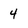
Character: 4